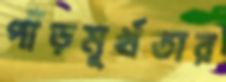
পাঁড়মূর্খতার